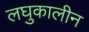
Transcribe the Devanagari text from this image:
लघुकालीन